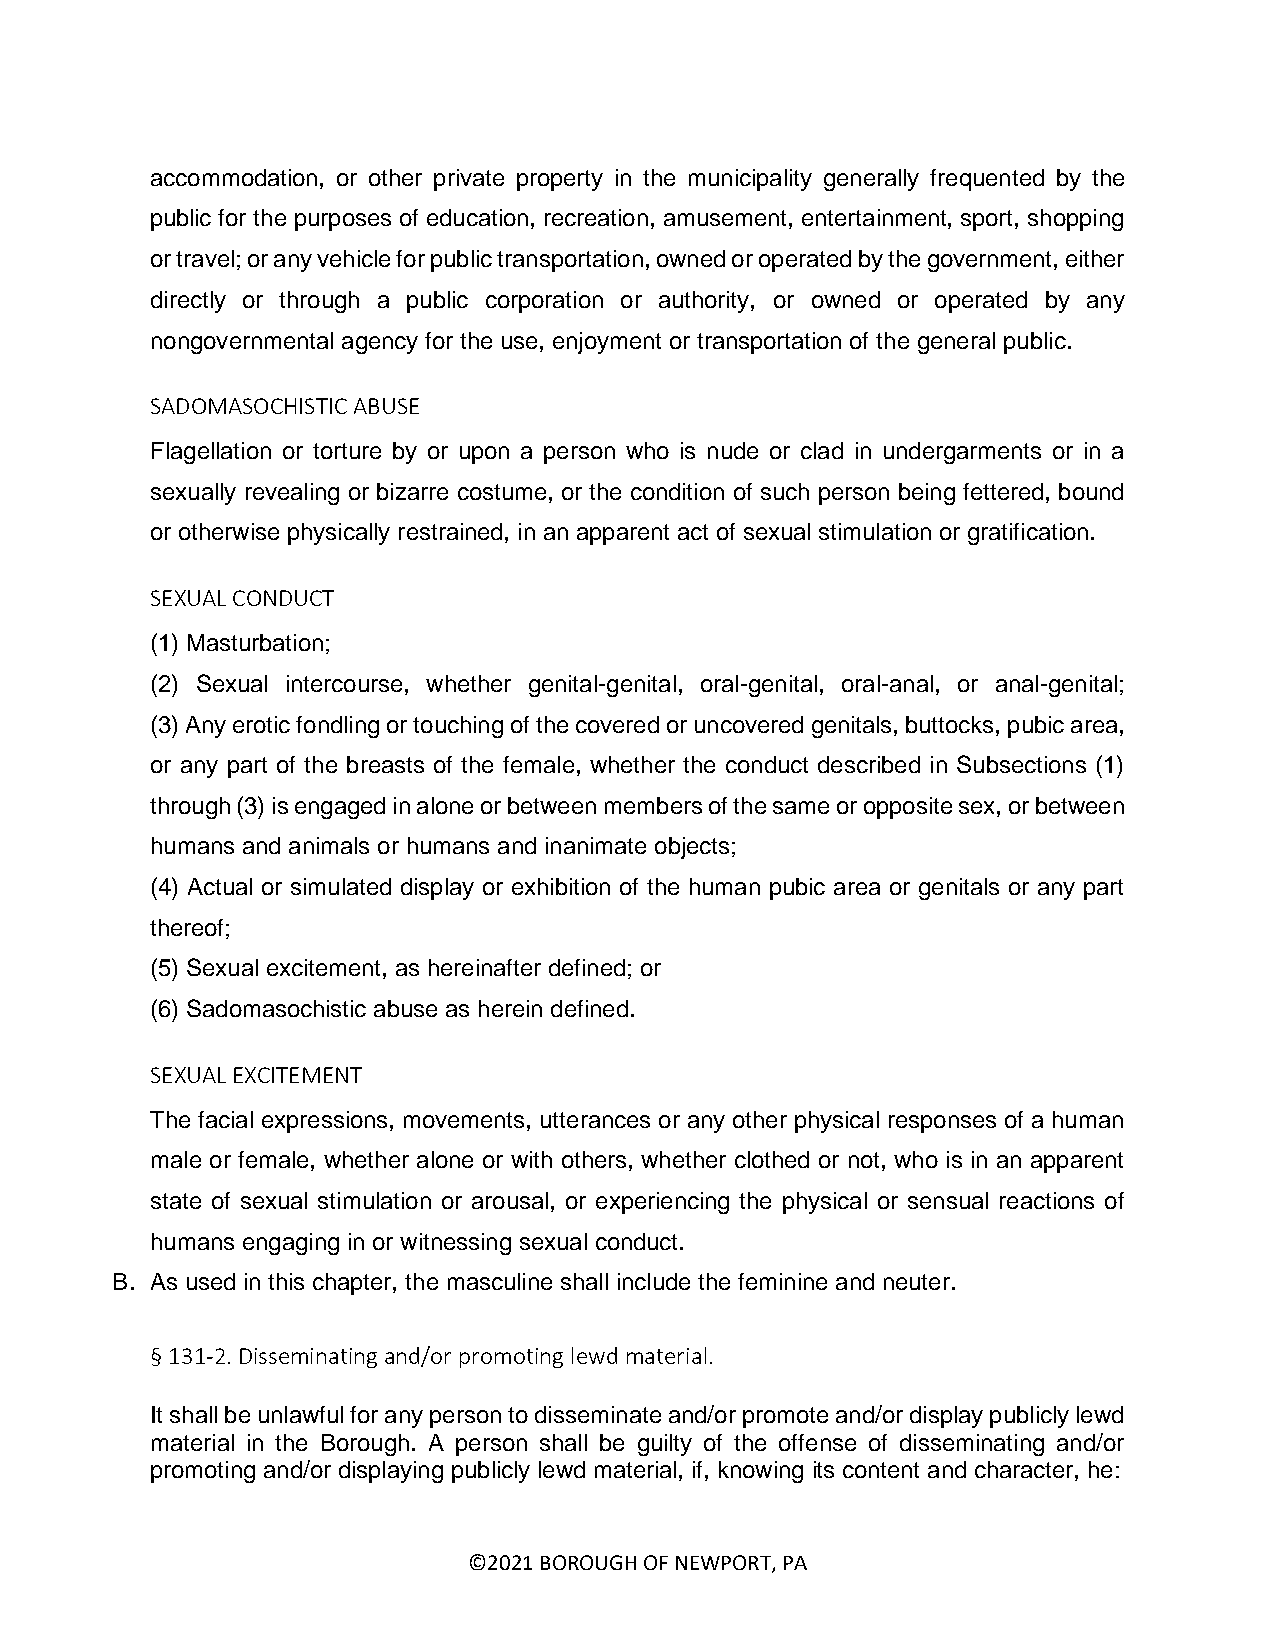
accommodation, or other private property in the municipality generally frequented by the
 public for the purposes of education, recreation, amusement, entertainment, sport, shopping
 or travel; or any vehicle for public transportation, owned or operated by the government, either
 directly or through a public corporation or authority, or owned or operated by any
 nongovernmental agency for the use, enjoyment or transportation of the general public.
 SADOMASOCHISTIC ABUSE
 Flagellation or torture by or upon a person who is nude or clad in undergarments or in a
 sexually revealing or bizarre costume, or the condition of such person being fettered, bound
 or otherwise physically restrained, in an apparent act of sexual stimulation or gratification.
 SEXUAL CONDUCT
 (1) Masturbation;
 (2) Sexual intercourse, whether genital-genital, oral-genital, oral-anal, or anal-genital;
 (3) Any erotic fondling or touching of the covered or uncovered genitals, buttocks, pubic area,
 or any part of the breasts of the female, whether the conduct described in Subsections (1)
 through (3) is engaged in alone or between members of the same or opposite sex, or between
 humans and animals or humans and inanimate objects;
 (4) Actual or simulated display or exhibition of the human pubic area or genitals or any part
 thereof;
 (5) Sexual excitement, as hereinafter defined; or
 (6) Sadomasochistic abuse as herein defined.
 SEXUAL EXCITEMENT
 The facial expressions, movements, utterances or any other physical responses of a human
 male or female, whether alone or with others, whether clothed or not, who is in an apparent
 state of sexual stimulation or arousal, or experiencing the physical or sensual reactions of
 humans engaging in or witnessing sexual conduct.
 B. As used in this chapter, the masculine shall include the feminine and neuter.
 § 131-2. Disseminating and/or promoting lewd material.
 It shall be unlawful for any person to disseminate and/or promote and/or display publicly lewd
 material in the Borough. A person shall be guilty of the offense of disseminating and/or
 promoting and/or displaying publicly lewd material, if, knowing its content and character, he:
 ©2021 BOROUGH OF NEWPORT, PA